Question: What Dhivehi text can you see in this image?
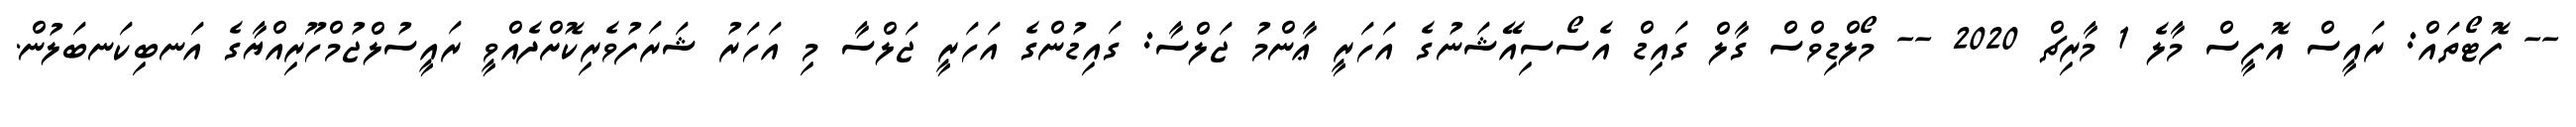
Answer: -- ފޮޓޯތައް: ރައީސް އޮފީސް މާލެ 1 މާރިޗް 2020 -- މޯލްޑިވްސް ގާލް ގައިޑް އެސޯސިއޭޝަނުގެ އަހަރީ ޢާންމު ޖަލްސާ: ގައިޑުންގެ އަހަރީ ޖަލްސާ މި އަހަރު ޝަރަފުވެރިކޮށްދެއްވީ ރައީސުލްޖުމްހޫރިއްޔާގެ އަނބިކަނބަލުން.